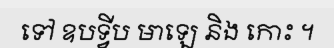
ទៅ ឧបទ្វីប មាឡេ និង កោះ ។